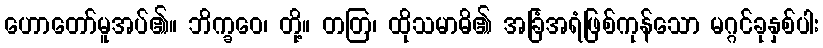
ဟောတော်မူအပ်၏။ ဘိက္ခဝေ၊ တို့။ တတြ၊ ထိုသမာဓိ၏ အခြံအရံဖြစ်ကုန်သော မဂ္ဂင်ခုနှစ်ပါး